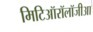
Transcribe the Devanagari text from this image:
मिटिऑरॉलॉजीआ